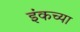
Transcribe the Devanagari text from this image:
इंकच्या